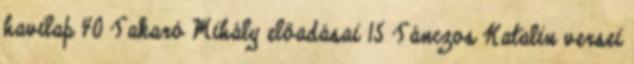
havilap 40 Takaró Mihály előadásai 15 Tánczos Katalin versei